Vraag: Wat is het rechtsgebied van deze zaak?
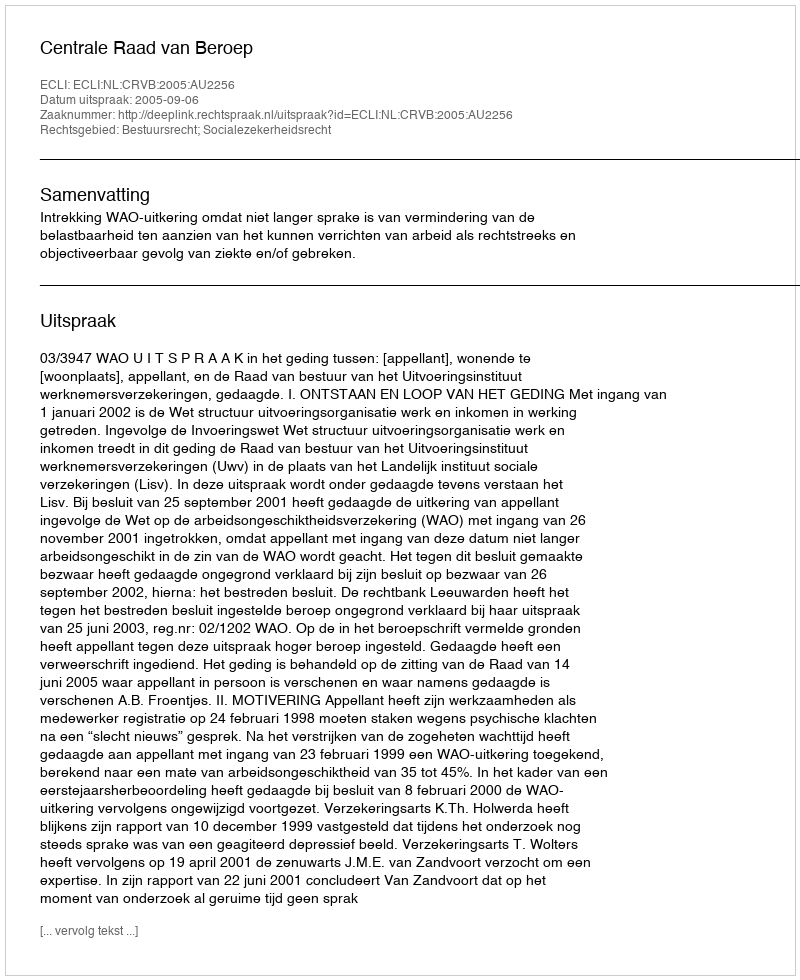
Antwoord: Bestuursrecht; Socialezekerheidsrecht